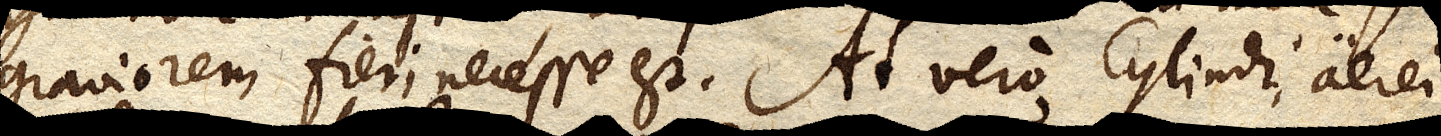
graviorem fieri necesse est. At vero Cylindri aerei